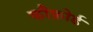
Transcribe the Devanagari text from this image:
कौफ़ोर्ड